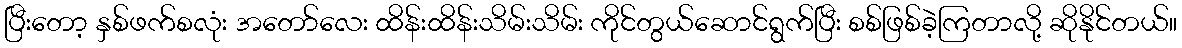
ပြီးတော့ နှစ်ဖက်စလုံး အတော်လေး ထိန်းထိန်းသိမ်းသိမ်း ကိုင်တွယ်ဆောင်ရွက်ပြီး စစ်ဖြစ်ခဲ့ကြတာလို့ ဆိုနိုင်တယ်။